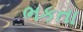
ભકતા